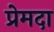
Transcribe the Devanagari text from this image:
प्रेमदा